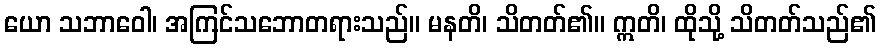
ယော သဘာဝေါ၊ အကြင်သဘောတရားသည်။ မနတိ၊ သိတတ်၏။ ဣတိ၊ ထိုသို့ သိတတ်သည်၏